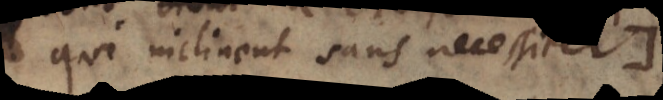
qui inclinent sans necessiter.